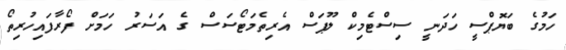
ހަމުގެ ބަޔޮޕްސީ ހަދަނީ ސިސްޓެމިކް ލޫޕަސް އެރިތެމަޓޯސަސް ގެ އަސަރު ހަމަށް ފޯރާފައިހުރިތޯ